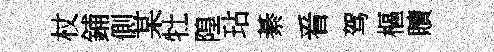
杖鋪側某牡隍玷綦㸔驾樞贖